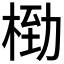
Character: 𬂿